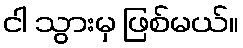
ငါ သွားမှ ဖြစ်မယ်။